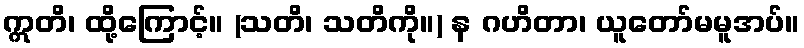
ဣတိ၊ ထို့ကြောင့်။ (သတိ၊ သတိကို။) န ဂဟိတာ၊ ယူတော်မမူအပ်။